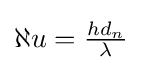
\aleph u={\tfrac {hd_{n}}{\lambda }}